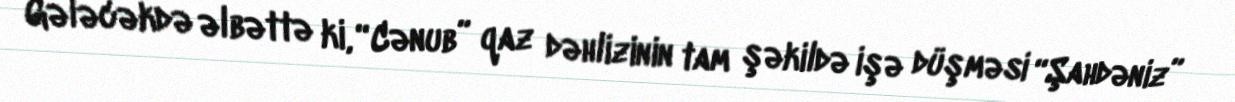
Gələcəkdə əlbəttə ki, “Cənub” qaz dəhlizinin tam şəkildə işə düşməsi “Şahdəniz”